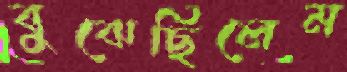
বুঝেছিলেম